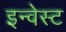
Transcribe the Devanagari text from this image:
इन्वेस्ट